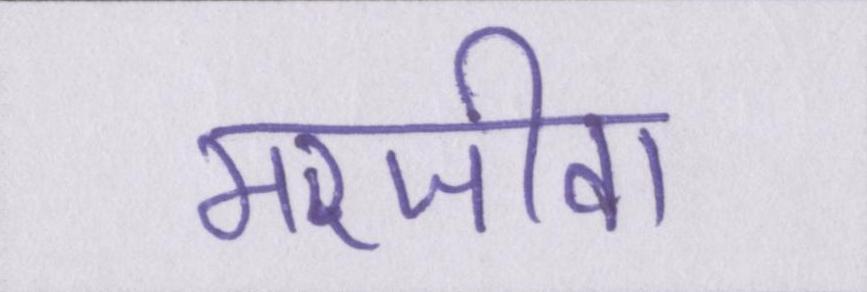
मरजीवा